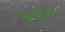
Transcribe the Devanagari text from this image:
पैरामीशियम